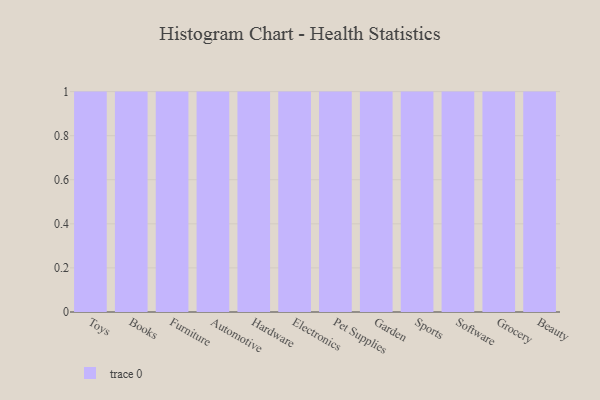
{"axis": {"x": "Category", "y": "Gross Profit (USD K)"}, "legend": [""], "data": [{"x": "Toys", "y": 22, "type": ""}, {"x": "Books", "y": 68, "type": ""}, {"x": "Furniture", "y": 12, "type": ""}, {"x": "Automotive", "y": 6, "type": ""}, {"x": "Hardware", "y": 98, "type": ""}, {"x": "Electronics", "y": 66, "type": ""}, {"x": "Pet Supplies", "y": 32, "type": ""}, {"x": "Garden", "y": 64, "type": ""}, {"x": "Sports", "y": 77, "type": ""}, {"x": "Software", "y": 46, "type": ""}, {"x": "Grocery", "y": 35, "type": ""}, {"x": "Beauty", "y": 60, "type": ""}]}